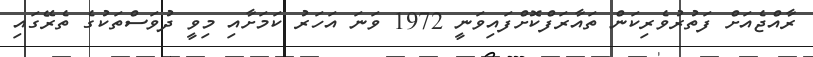
ރާއްޖެއަށް ފަތުރުވެރިކަން ތައާރަފްކޮށްފައިވަނީ 1972 ވަނަ އަހަރު ކަމަށާއި މިވީ ދުވަސްތަކުގެ ތެރޭގައި